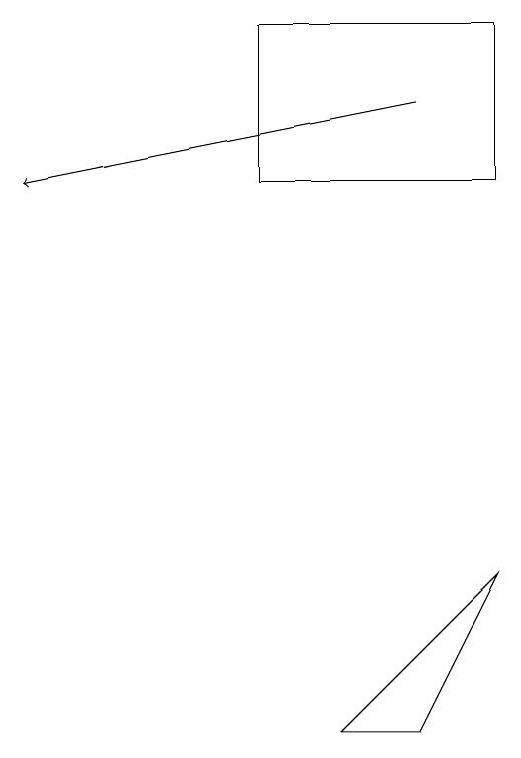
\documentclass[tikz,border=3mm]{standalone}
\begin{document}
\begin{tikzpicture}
\draw (9,8) -- (7,6) -- (8,6) -- cycle;
\draw (6,13) rectangle (9,15);
\draw[->] (8,14) -- (3,13);
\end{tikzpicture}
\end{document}